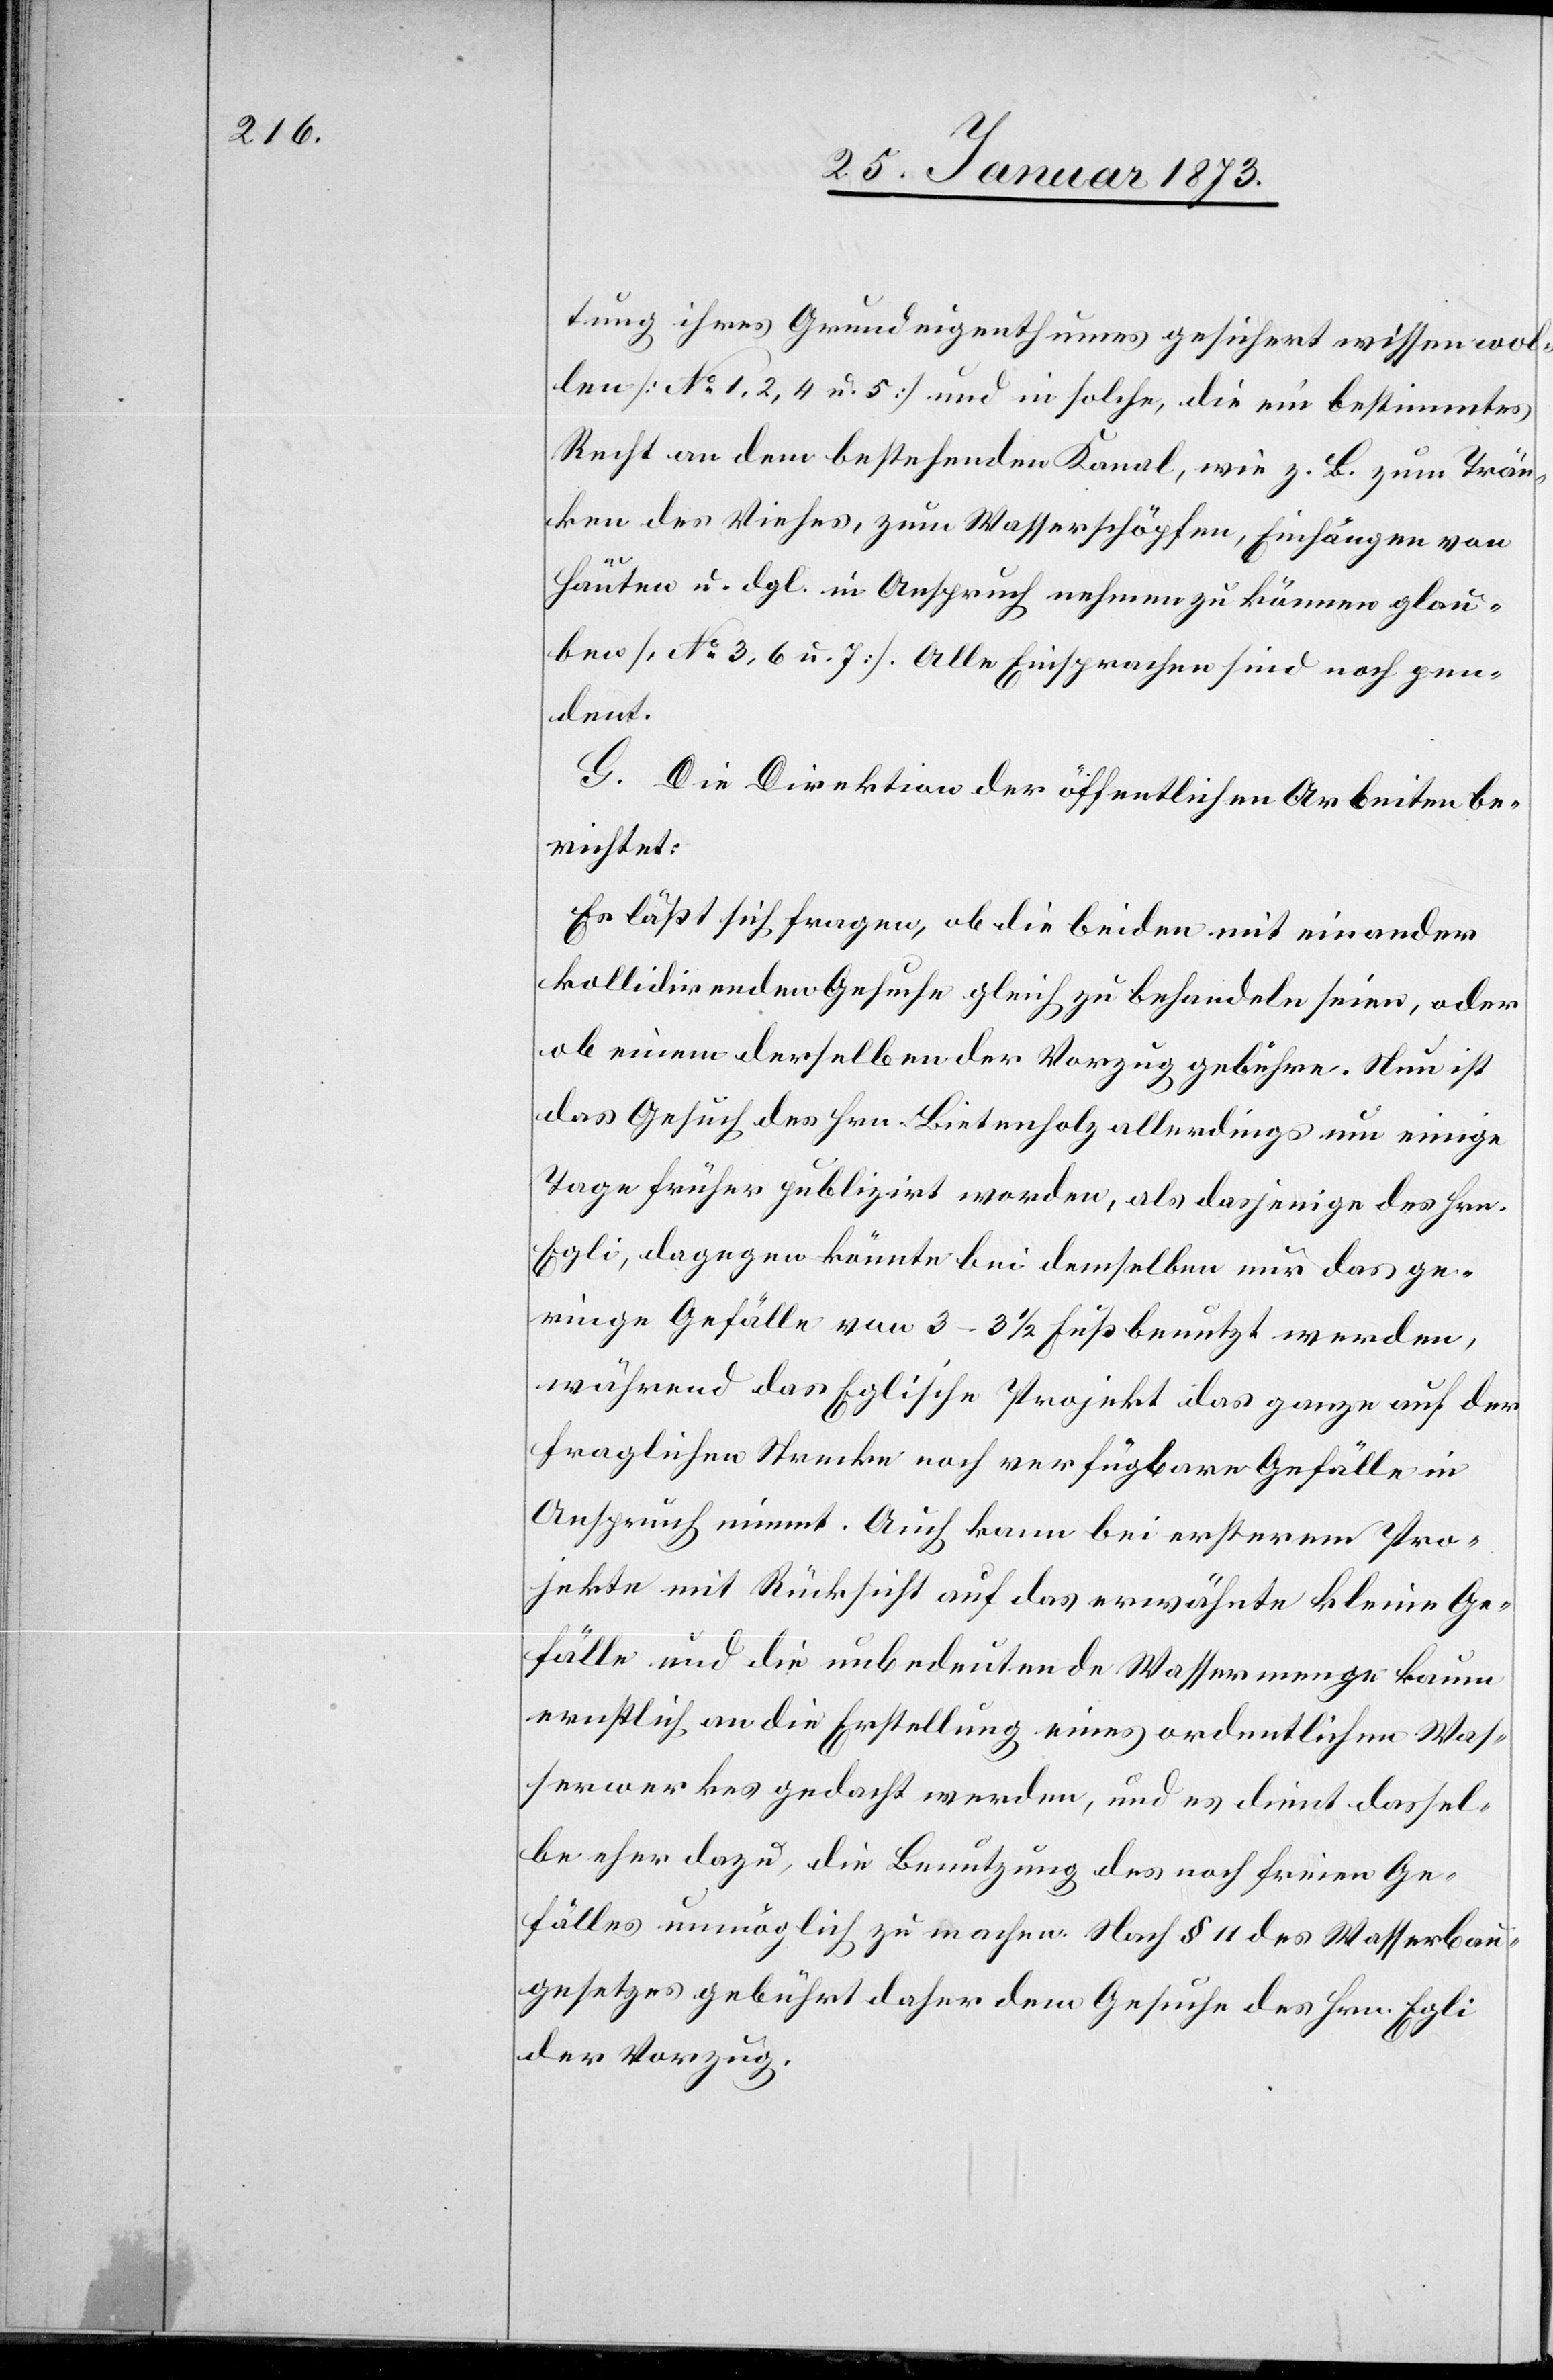
tung ihres Grundeigenthumes gesichert wissen wol¬
len [No. 1, 2, 4 u. 5] und in solche, die ein bestimmtes
Recht an dem bestehenden Kanal, wie z. B. zum Trän¬
ken des Viehes, zum Wasserschöpfen, Einhängen von
Häuten u. dgl. in Anspruch nehmen zu können glau¬
ben [No. 3, 6 u. 7]. Alle Einsprachen sind noch pen¬
dent.
G. Die Direktion der öffentlichen Arbeiten be¬
richtet:
Es läßt sich fragen, ob die beiden mit einander
kollidirenden Gesuche gleich zu behandeln seien, oder
ob einem derselben der Vorzug gebühre. Nun ist
das Gesuch des Hrn. Bietenholz allerdings um einige
Tage früher publizirt worden, als dasjenige des Hrn.
Egli, dagegen könnte bei demselben nur das ge¬
ringe Gefälle von 3–3 1/2 Fuß benutzt werden,
während das Eglische Projekt das ganze auf der
fraglichen Strecke noch verfügbare Gefälle in
Anspruch nimmt. Auch kann bei ersterem Pro¬
jekte mit Rücksicht auf das erwähnte kleine Ge¬
fälle und die unbedeutende Wassermenge kaum
ernstlich an die Erstellung eines ordentlichen Was¬
serwerkes gedacht werden, und es dient dassel¬
be eher dazu, die Benutzung des noch freien Ge¬
fälles unmöglich zu machen. Nach § 11 des Wasserbau¬
gesetzes gebührt daher dem Gesuche des Hrn. Egli
der Vorzug.